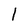
Character: l